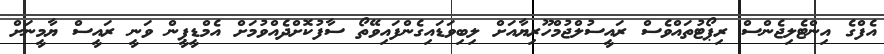
އެފްގެ އިންޓެލިޖެންސް ރިޕޯޓުތައްވެސް ރައީސުލްޖުމްހޫރިޔާއަށް ލިބިވަޑައިގެންފައިވޭތޯ ސާފުކޮށްދެއްވުމަށް އެމްޑީޕީން ވަނީ ރައީސް ޔާމީނަށް